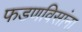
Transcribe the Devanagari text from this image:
फडणविसांना